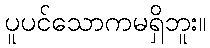
ပူပင်သောကမရှိဘူး။